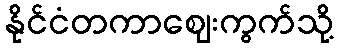
နိုင်ငံတကာဈေးကွက်သို့